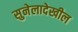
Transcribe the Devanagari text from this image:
सुनेलादेखील